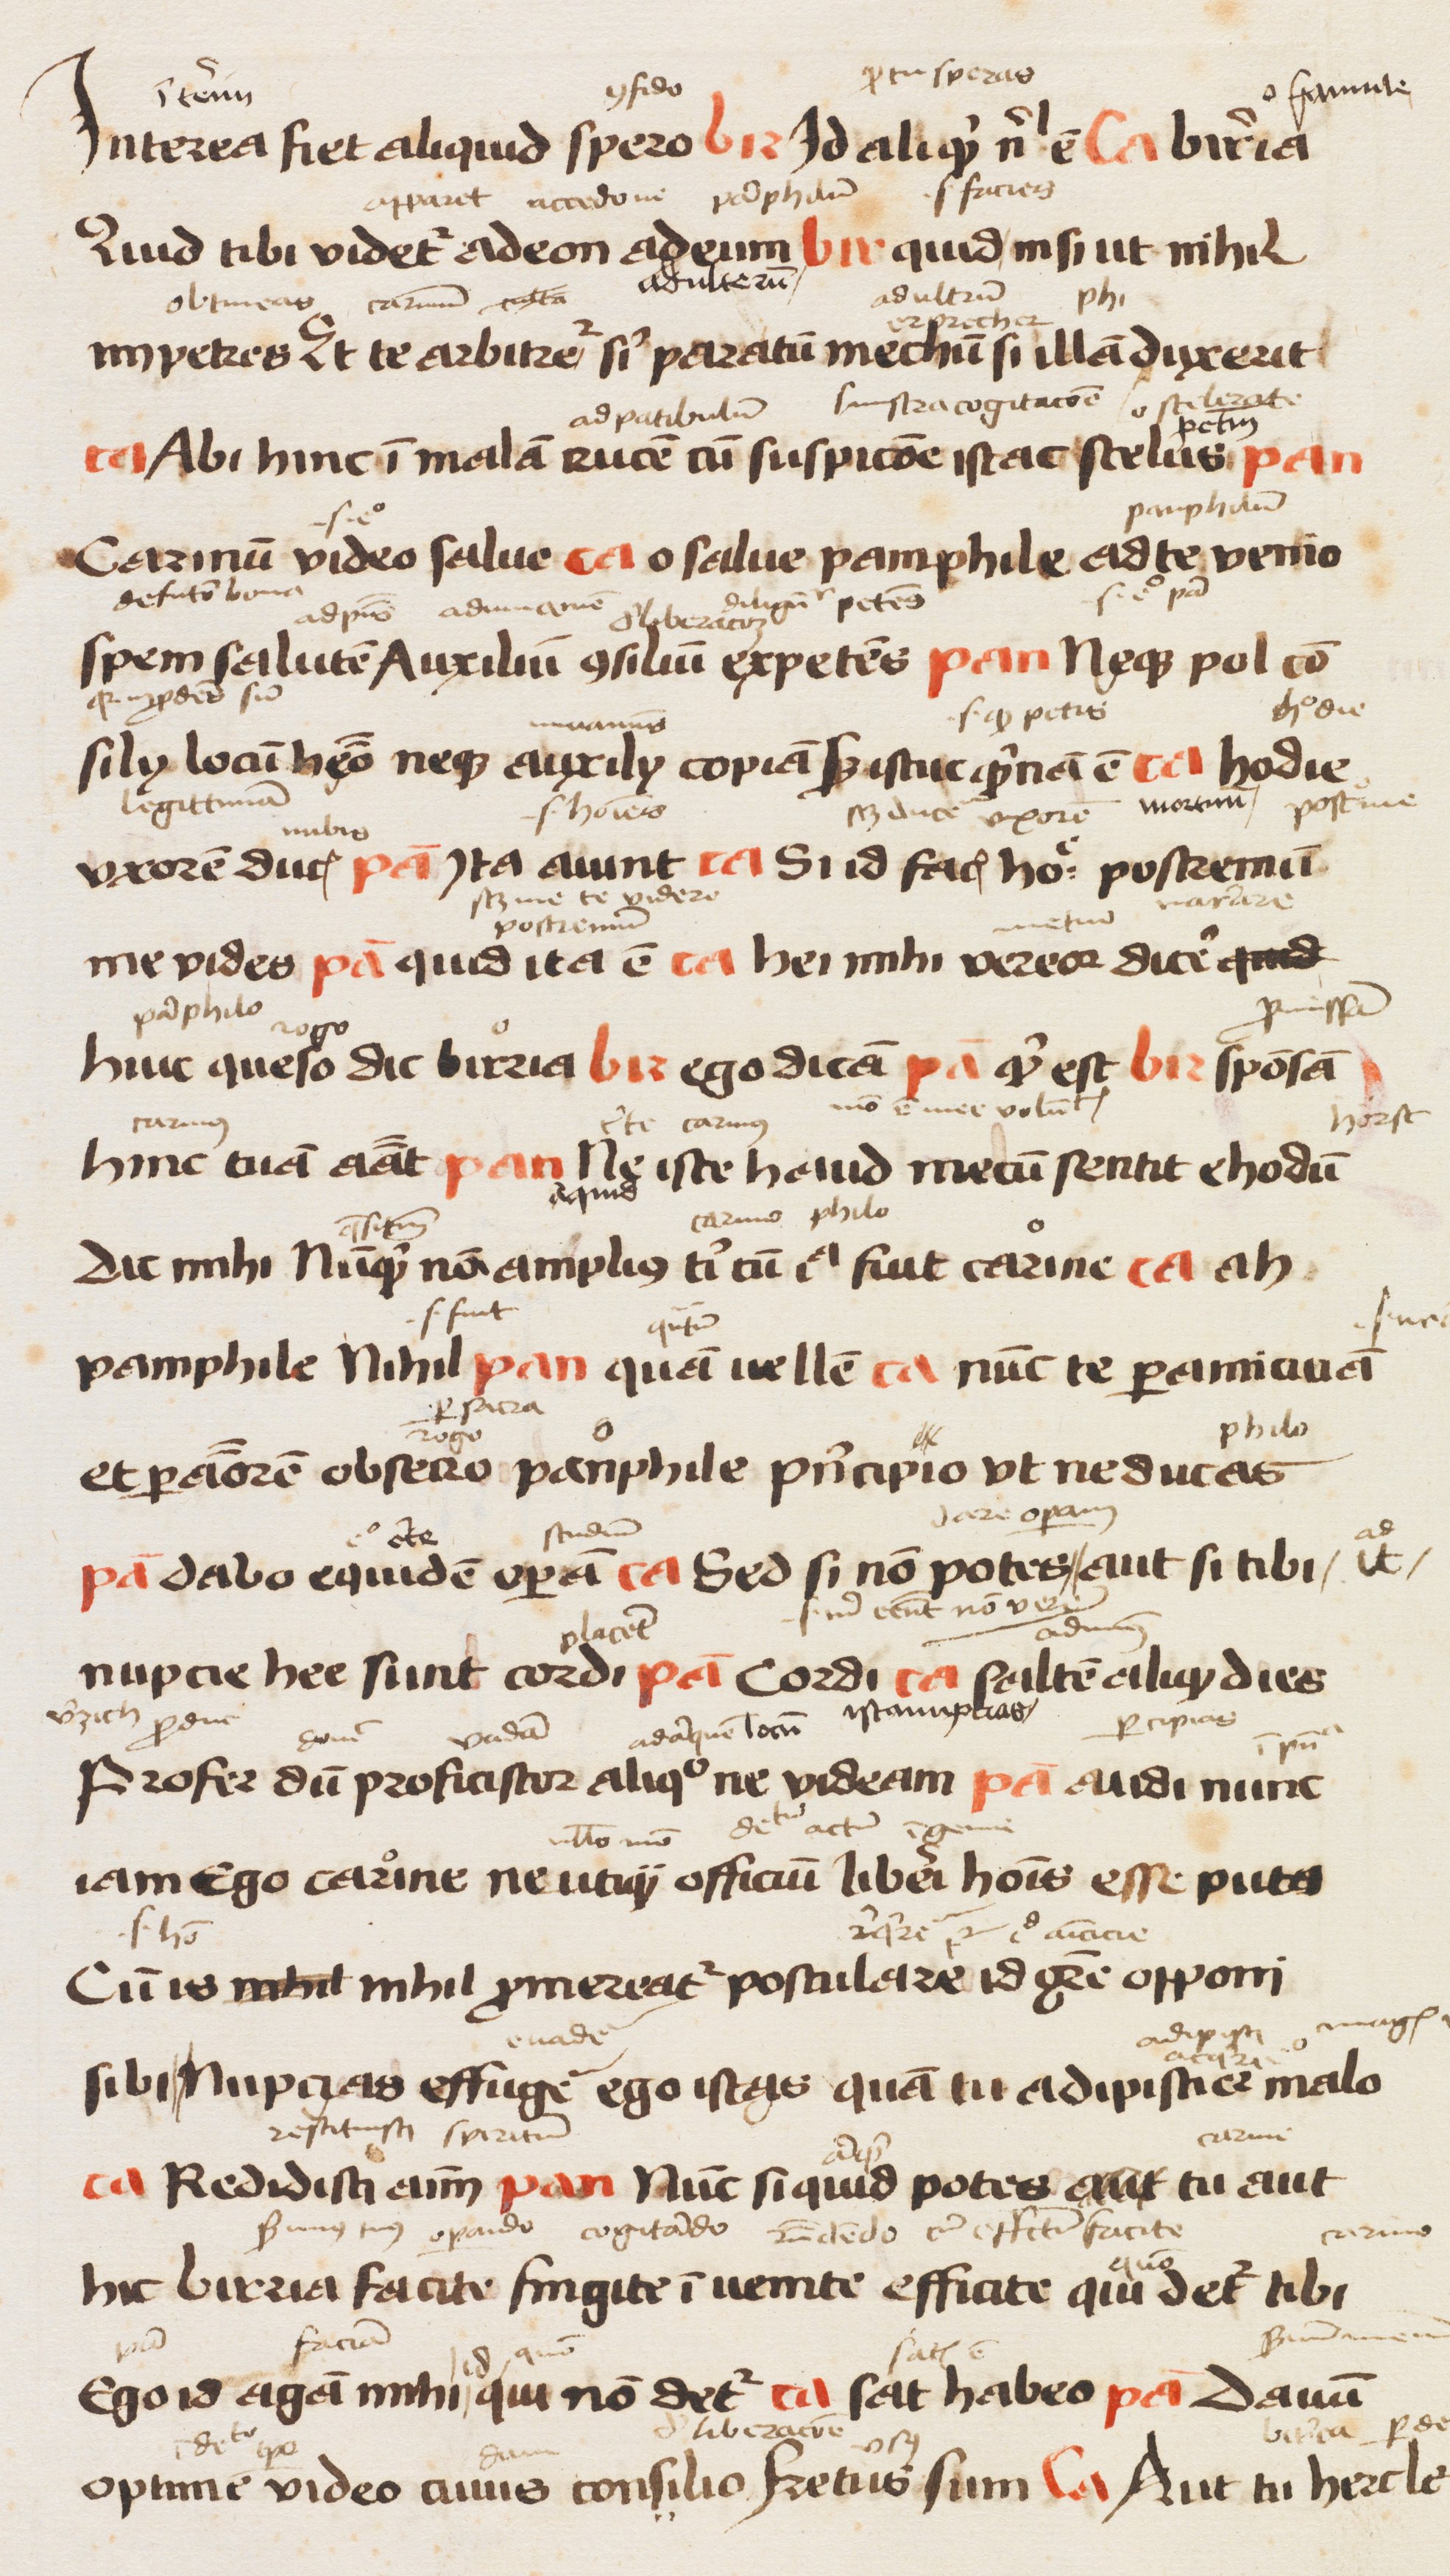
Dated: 1472–1477